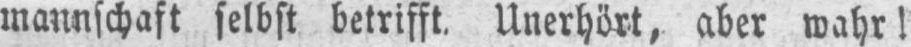
Mannschaft selbst betrifft. Unerhört, aber wahr!